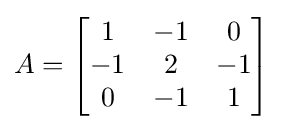
A={\begin{bmatrix}1&-1&0\\-1&2&-1\\0&-1&1\end{bmatrix}}